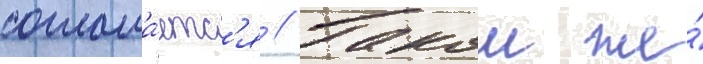
соглаша́етс'я // Такои же́